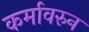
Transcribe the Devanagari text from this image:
कर्मावरुन